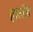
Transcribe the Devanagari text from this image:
हालेंड